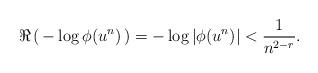
LaTeX: \begin{align*}\Re \left(\, -\log \phi(u^{n}) \, \right)= -\log |\phi(u^{n})| < \dfrac{1}{n^{2-r}}. \end{align*}